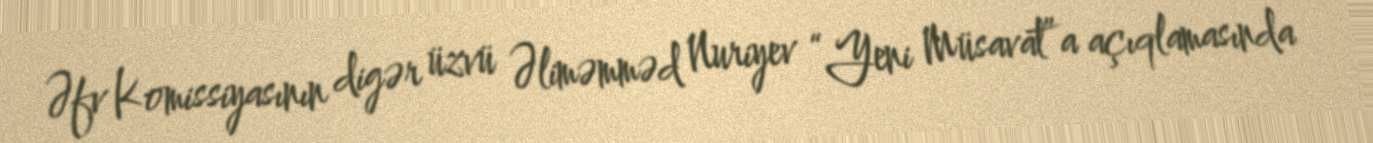
Əfv Komissiyasının digər üzvü Əliməmməd Nuriyev “Yeni Müsavat”a açıqlamasında